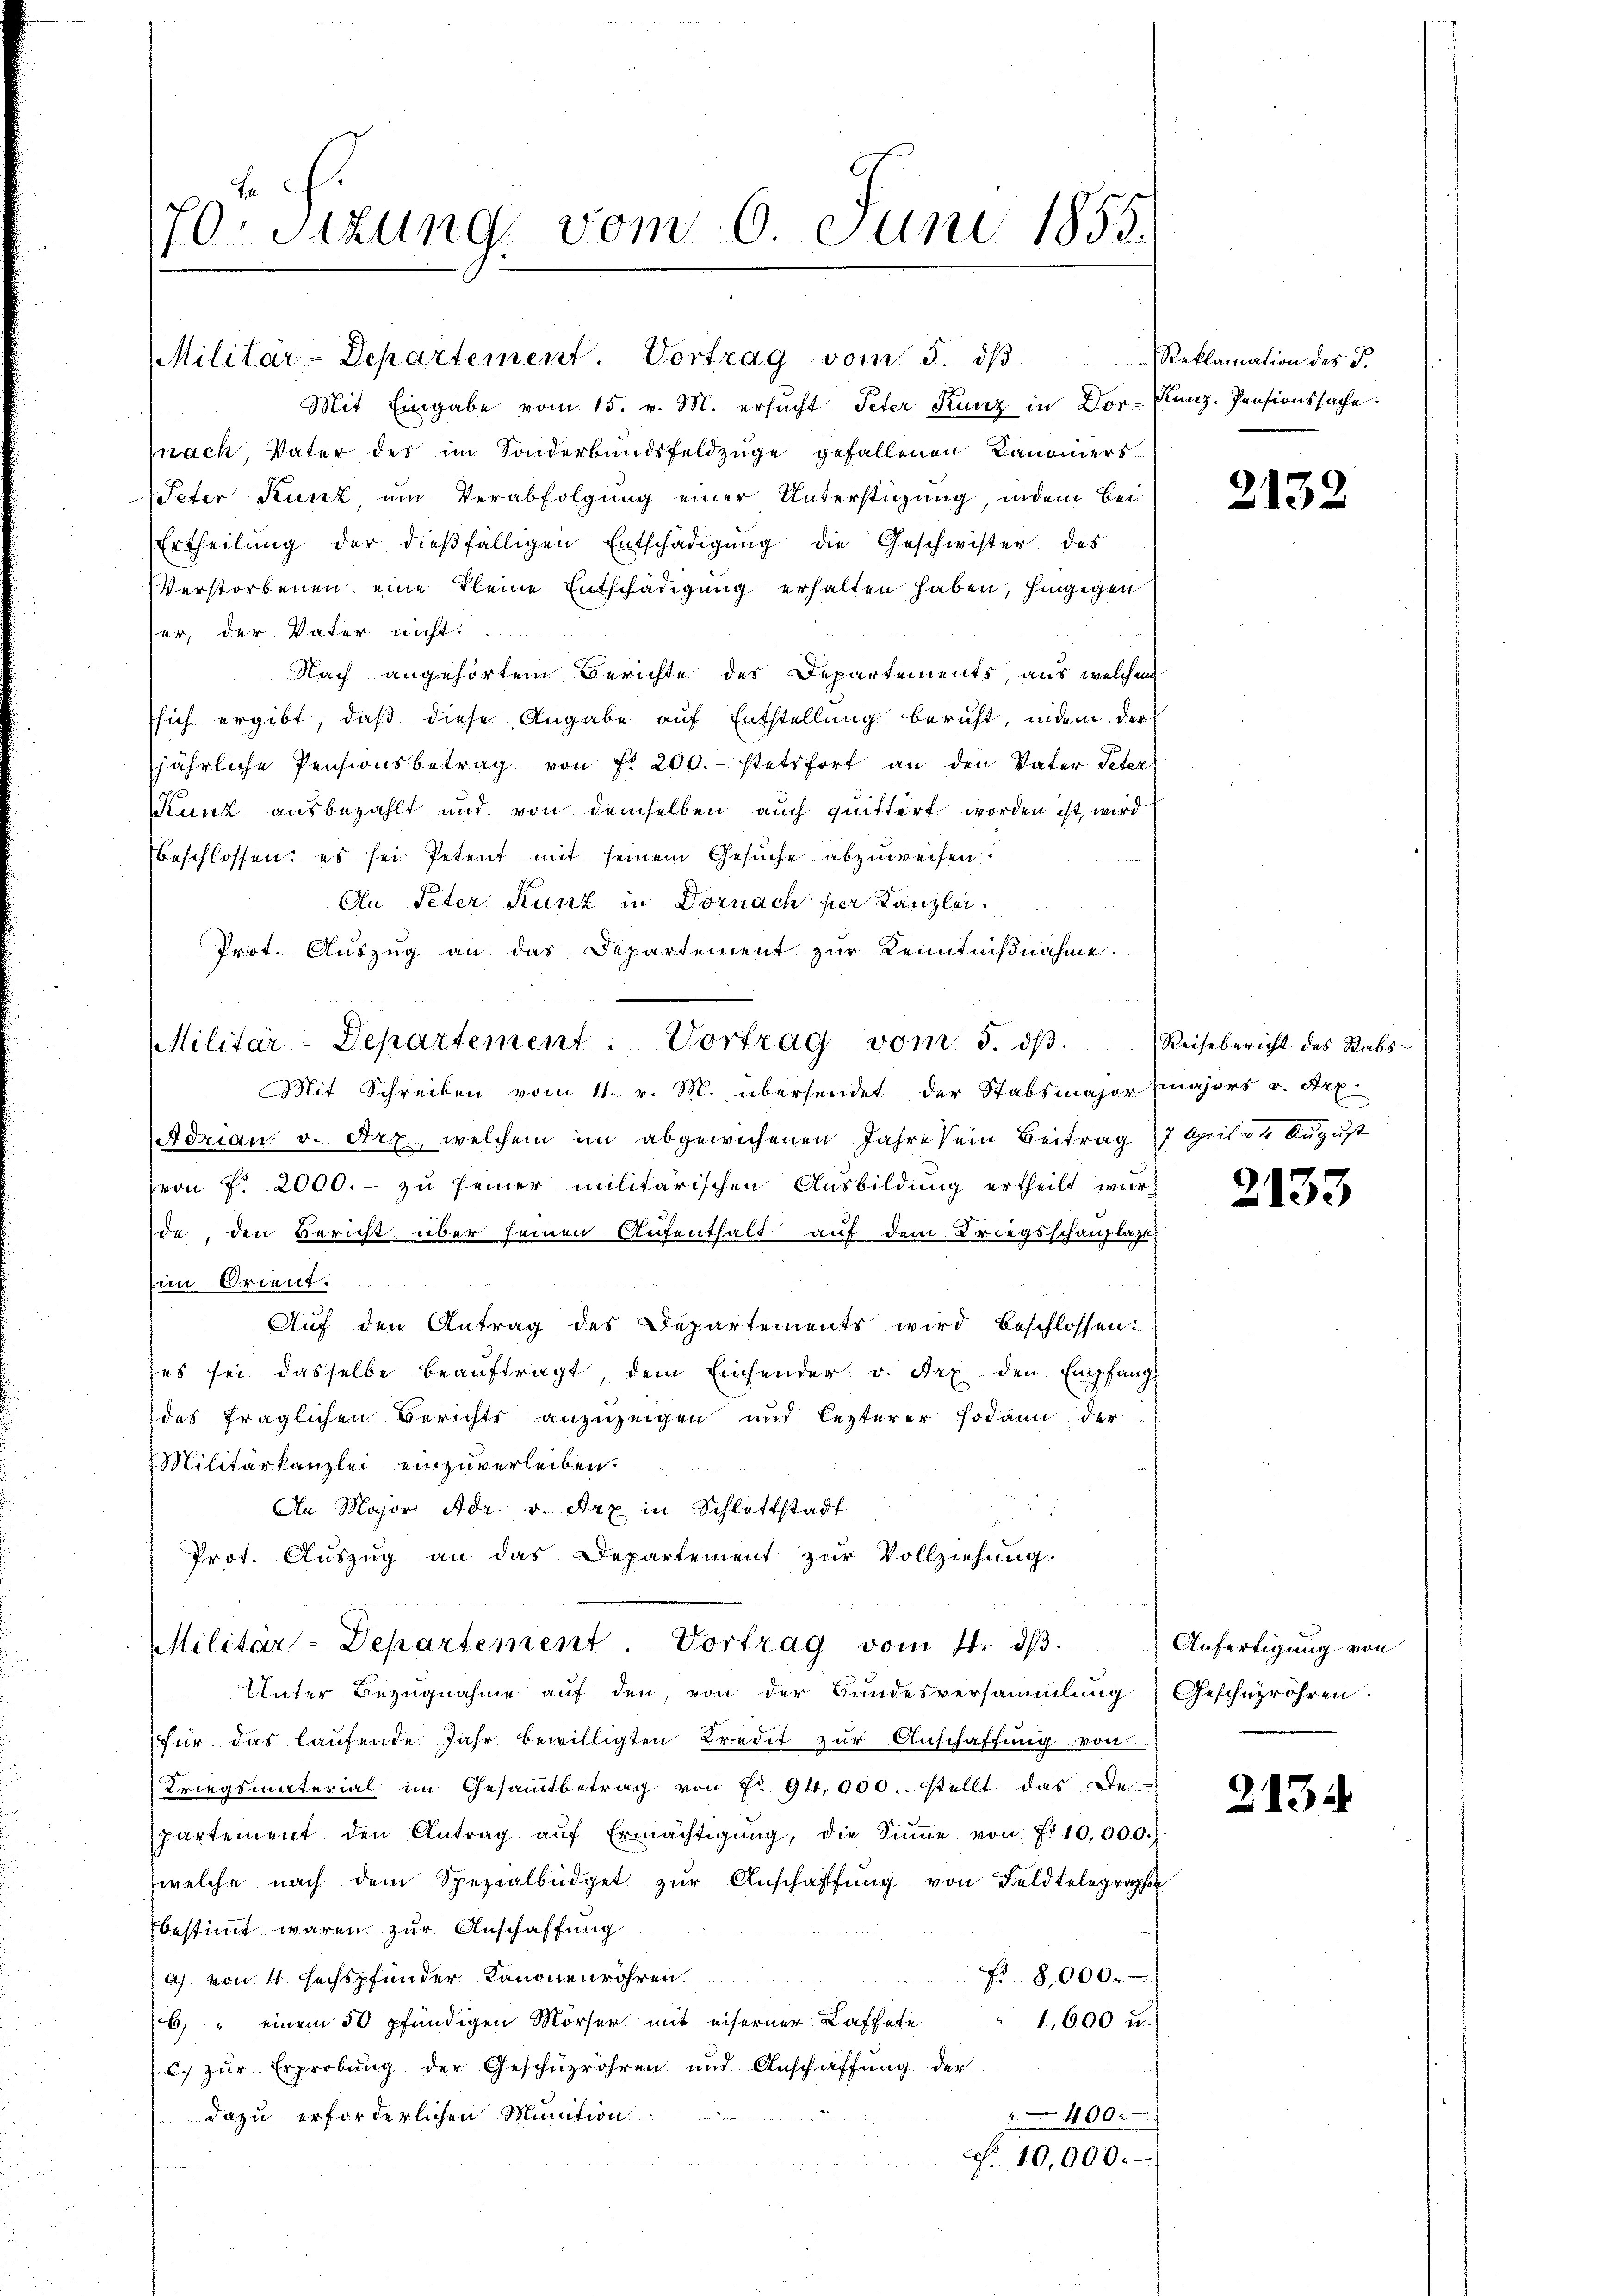
70. Sizung vom 6. Juni 1855.

Militar-Departement. Vortrag vom 5. dβ

Mit Eingabe vom 15. v. M. ersucht Peter Kunz in Dor-Kunz, Pensionssache
nach, Vater des im Sonderbandsfeldzüge gefallenen Kanoniers
Peter Kunz um Verabfolgung einer Unterstüzung, indem Bei¬
Ertheilŭng der dieβfälligen Entschädigŭng die Geschwister des
Verstorbenen eine kleine Entschädigung erhalten haben, hingegen
ser, der Vater nicht
Nach angehörtem Berichte des Departements, aus welchem
sich ergibt, daß diese Angabe auf Entstellung beruht, indem der
jährliche Pensionsbetrag von f. 200.- stetsfort an den Vater Peter
Kunz ausbezahlt und von demselben auch quittert worden ist, wird
beschlossen: es sei Petent mit seinem Gesuche abzuweisen
An Peter Kunz in Dornach per Canzlei.
Prot. Auszug an das Departement zur Kenntnißnahme.
Mit Schreiben vom 11. v. M. übersendet der Stabsmajor majors v. Art.
Adrian v. Art, welchem im abgewichenen Jahre sein Beitrag 17 April zu August
(von f. 2000.- zŭ seiner militärischen Ausbildung ertheilt wurd
de, den Bericht über seinen Aufenthalt auf dem Kriegsschanztage
Eim Orient.
Auf den Antrag des Departements wird beschlossen:
ses sei dasselbe beaŭftragt, dem Einsender v. Arx den Empfang
des fraglichen Berichts anzuzeigen und lezterer sodann der
Militärkanzlei einzuverleiben.
An Major Adr. v. Arx in Schlattstadt
Prot. Auszug an das Departement zur Vollziehung.
Militär-Departement. Vortrag vom 4. dβ.
Unter Bezŭgnahme aŭf den, von der Bundesversammlung Geschüzröhren.
für das laufende Jahr bewilligten Kredit zur Anschaffung von
Kriegsmaterial im Gesammtbetrag von Fr. 94,000. stellt das De-
partement den Antrag aŭf Ermächtigŭng, die Sŭṁe von f. 10,000.
(welche nach dem Spezialbüdget zur Anschaffung von Feldtelegraphe
bestimmt waren zur Anschaffung
a) von 4 sechspfunder Kanonenröhren
F 8,000.
6) " einem 50 pfündigen Mörser mit eiserner Kaffete
1,600 u.
c. zur Erprobung der Geschüzröhren und Anschaffung der
dazu erforderlichen Minution
400:

Militär-Departement. Vortrag vom 5. dβ. Reisebericht des Stabs-

N. 10,000.

Reklamation des J.

2132

G

133

Anfertigung von

2134